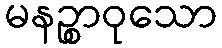
မနဉ္စာဝုသော